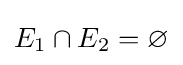
E_{1}\cap E_{2}=\varnothing